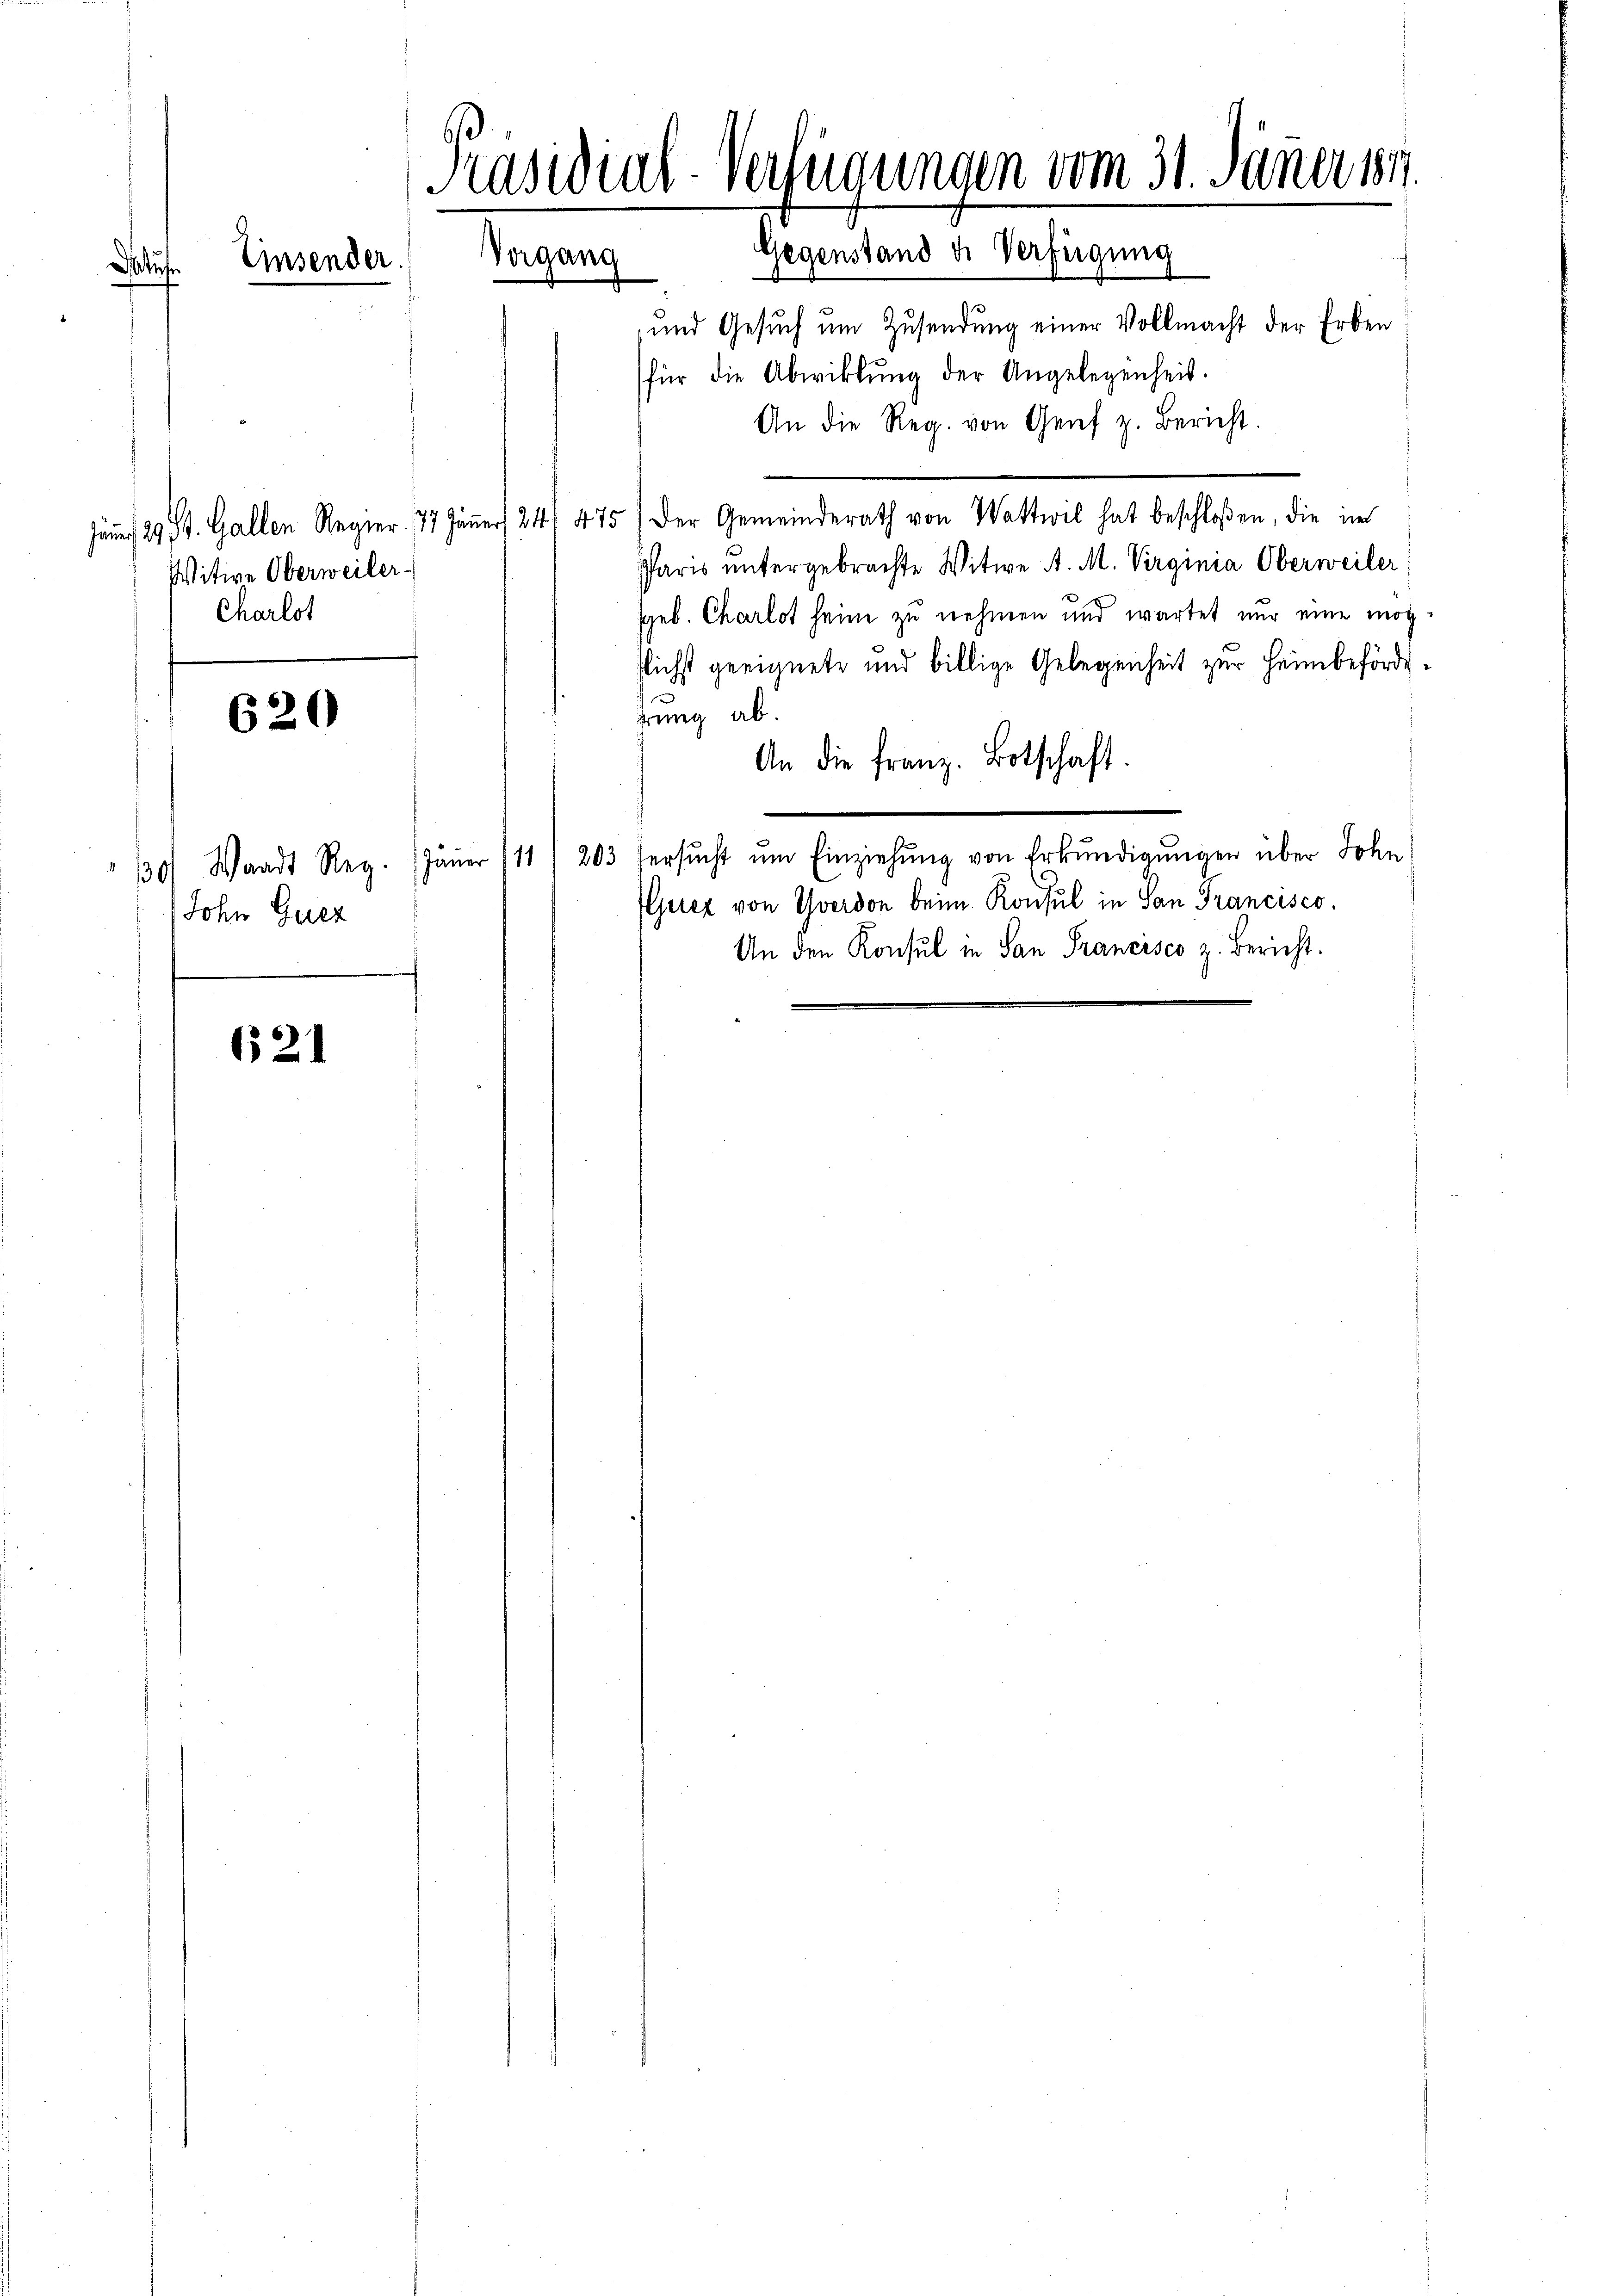
Präsidial-Verfügungen vom 31. Jäner 189.
Gegenstand u. Verfügung
Vorgang
Einsender.
.
und Gesuch um Zusendung einer Vollmacht der Erben

Witwe Oberweiler-
Charlot

620

(für die Abwicklung der Angelegenheit.
An die Reg. von Genf z. Bericht.
jämmen 29 St. Gallen Regier. 77 Jäṅer 24. 475) Der Gemeinderath von Wattwil hat beschloßen, die im
Paris untergebrachte Witwe A. M. Virginia Oberweiler
ggeb. Charlot heim zu nehmen und wartet nur eine mögflichst geeignete und billige Gelegenheit zur Heimbefördehrung ab.
An die Franz. Botschaft.
30 Waadt Reg. (Jäṅer 111) 203 ersŭcht ŭm Einziehŭng von Erkŭndigŭngen über Sohn
(Gurez von Yverdon beim Konsul in San Francisco
John Gutz
An den Konsul in San Francisco z. Bericht.
621